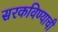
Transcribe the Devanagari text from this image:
सरकविण्याची